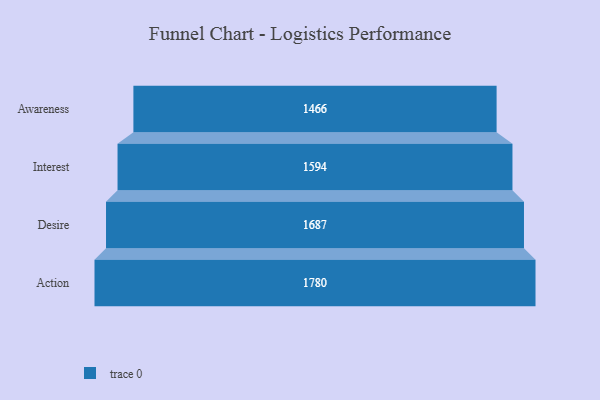
{"axis": {"x": "Stage", "y": "Value"}, "legend": [""], "data": [{"x": "Awareness", "y": 1466.0, "type": ""}, {"x": "Interest", "y": 1594.0, "type": ""}, {"x": "Desire", "y": 1687.0, "type": ""}, {"x": "Action", "y": 1780.0, "type": ""}]}